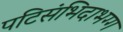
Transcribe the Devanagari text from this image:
पटिसंभिदाभग्ग